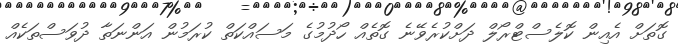
ގޮތަށް އެއިން ކޮލެސްޓްރޯލް ދަށްކުރެވޭނެ ގޮތެއް ހޯދުމުގެ މަސައްކަތް ކުރަމުން އަންނަތާ ދުވަސްތަކެއް